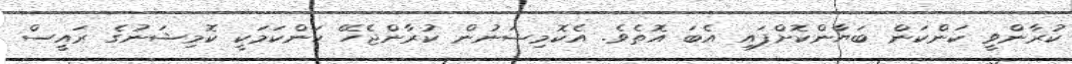
ކުރާންވީ ކަންކަން ބަޔާންކޮށްފައި އެބަ އޮތެވެ. އެކޮމިޝަނުން ކުރާންޖެހޭ ކަންކަމަކީ ކޮމިޝަނުގެ ރައީސް